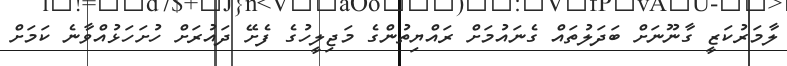
ލާމަރުކަޒީ ގާނޫނަށް ބަދަލުތައް ގެނައުމަށް ރައްޔިތުންގެ މަޖިލީހުގެ ފެށޭ ދައުރަށް ހުށަހަޅުއްވާނެ ކަމަށް